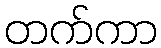
တက်ကာ